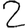
Digit: 2